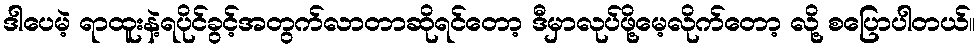
ဒါပေမဲ့ ရာထူးနဲ့ရပိုင်ခွင့်အတွက်လာတာဆိုရင်တော့ ဒီမှာလုပ်ဖို့မေ့လိုက်တော့ လို့ စပြောပါတယ်။